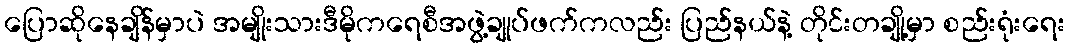
ပြောဆိုနေချိန်မှာပဲ အမျိုးသားဒီမိုကရေစီအဖွဲ့ချုပ်ဖက်ကလည်း ပြည်နယ်နဲ့ တိုင်းတချို့မှာ စည်းရုံးရေး